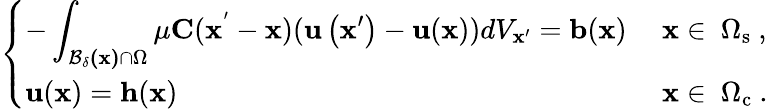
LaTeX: \left\{ \begin{array}{ll}{-\displaystyle\int_{\mathbf{\mathcal{B}_{\delta}(\mathbf{x})}\cap\Omega}\mu\mathbf{C}(\mathbf{\mathbf{x^{'}}}-\mathbf{x})(\mathbf{u}\left(\mathbf{x}^{\prime}\right)-\mathbf{u}(\mathbf{x}))dV_{\mathbf{\mathbf{x}^{\prime}}}=\mathbf{b}(\mathbf{x})}&{\mathrm{~\mathbf{x}\in~\Omega_s~},}\\ {\mathbf{u}(\mathbf{x})=\mathbf{h}(\mathbf{x})}&{\mathrm{~\mathbf{x}\in~\Omega_c~}.}\end{array}\right.